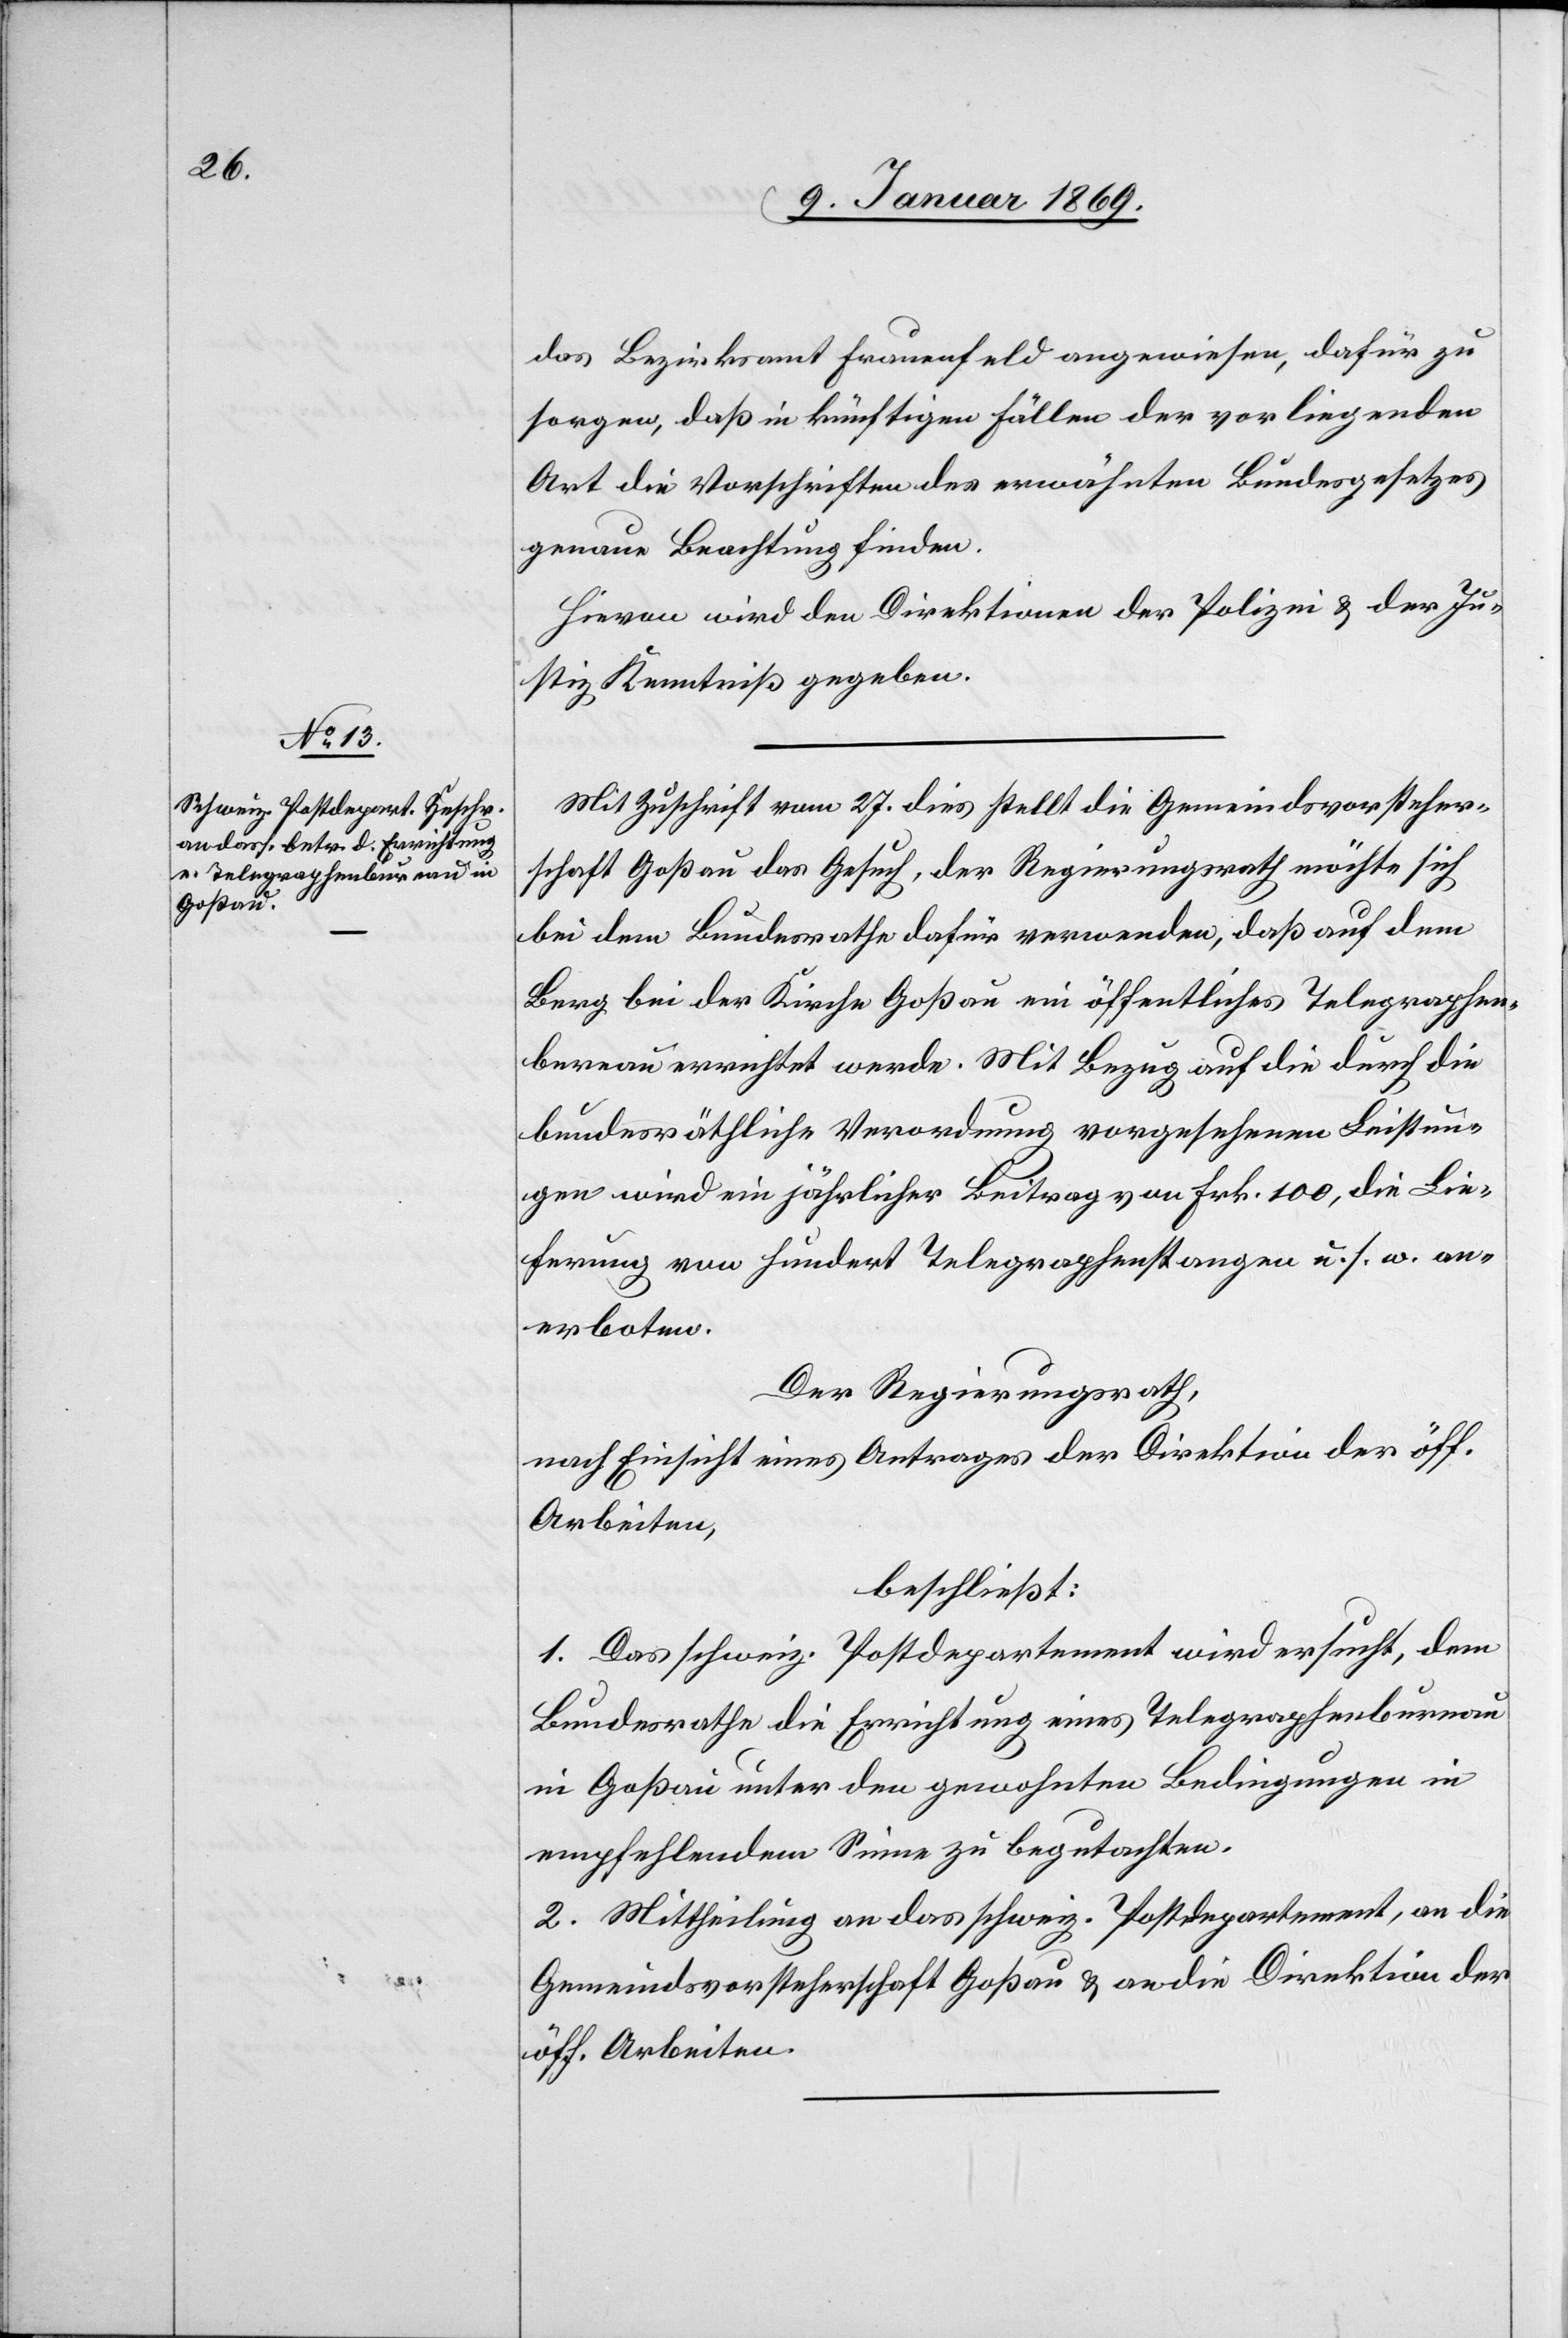
das Bezirksamt Frauenfeld angewiesen, dafür zu
sorgen, daß in künftigen Fällen der vorliegenden
Art die Vorschriften des erwähnten Bundesgesetzes
genaue Beachtung finden.
Hievon wird den Direktionen der Polizei u. der Ju¬
stiz Kenntniß gegeben.
Mit Zuschrift vom 27 dies stellt die Gemeindsvorsteher¬
schaft Goßau das Gesuch, der Regierungsrath möchte sich
bei dem Bundesrathe dafür verwenden, daß auf dem
Berg bei der Kirche Goßau ein öffentliches Telegraphen¬
bureau errichtet werde. Mit Bezug auf die durch die
bundesräthliche Verordnung vorgesehenen Leistun¬
gen wird ein jährlicher Beitrag von Frk. 100, die Lie¬
ferung von hundert Telegraphenstangen u. s. w. an¬
erboten.
Der Regierungsrath,
nach Einsicht eines Antrages der Direktion der öff.
Arbeiten,
beschließt:
1. Das schweiz. Postdepartement wird ersucht, dem
Bundesrathe die Errichtung eines Telegraphenbureau
in Goßau unter den gewohnten Bedingungen in
empfehlendem Sinne zu begutachten.
2. Mittheilung an das schweiz. Postdepartement, an die
Gemeindsvorsteherschaft Goßau u. an die Direktion der
öff. Arbeiten.